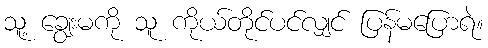
သူ့ ချွေးမကို သူ ကိုယ်တိုင်ပင်လျှင် ပြန်မပြောရဲ။